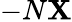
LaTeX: -N\mathbf{X}